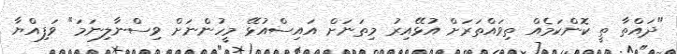
"ދައްތާ ތީ ކޮންކަމެއް ތިވައްތަރަށް އުޅޭއިރު މިތަނަށް އައިސްއުޅޭ މީހުންނަށް ވިސްނާލިނަމަ" ވަފިއްޔާ